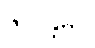
ဇလန္တမိဝ